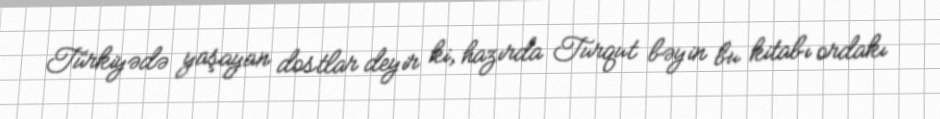
Türkiyədə yaşayan dostlar deyir ki, hazırda Turqut bəyin bu kitabı ordakı